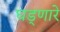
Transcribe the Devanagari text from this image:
घड्णारे